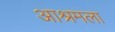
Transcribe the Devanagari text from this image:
आश्रमला